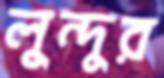
লুন্দুর